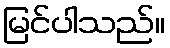
မြင်ပါသည်။